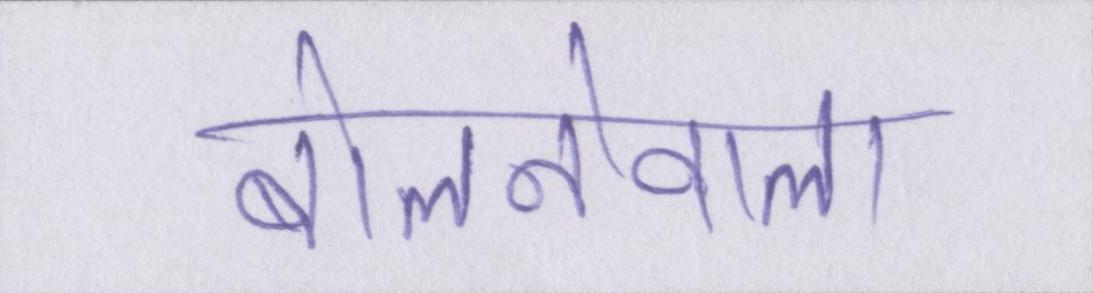
बोलनेवाला